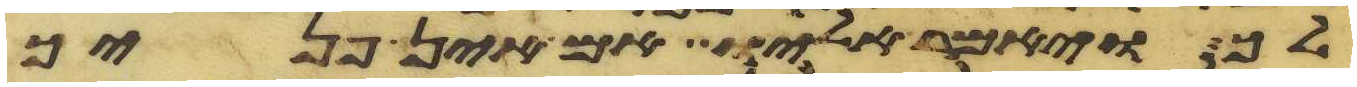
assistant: לך ויאמר אליו אם אין פניך